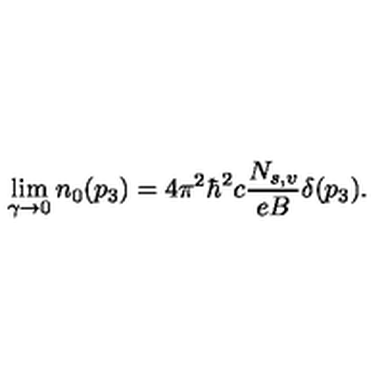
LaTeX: \lim _ { \gamma \to 0 } n _ { 0 } ( p _ { 3 } ) = 4 \pi ^ { 2 } \hbar ^ { 2 } c \frac { N _ { s , v } } { e B } \delta ( p _ { 3 } ) .